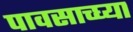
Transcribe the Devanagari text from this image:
पावसाच्घ्या